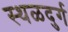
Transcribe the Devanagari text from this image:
स्थळदुर्ग